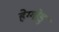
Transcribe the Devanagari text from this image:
हेग्गोडु